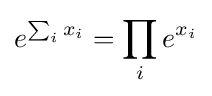
e^{\sum _{i}x_{i}}=\prod _{i}e^{x_{i}}